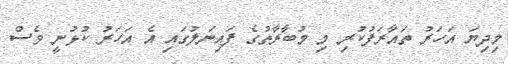
މިދިޔަ އަހަރު ތައާރަފުކުރި މި މުބާރާތުގެ ފައިނަލުގައި އެ އަހަރު ކުޅުނީ ވެސް